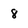
Character: 8